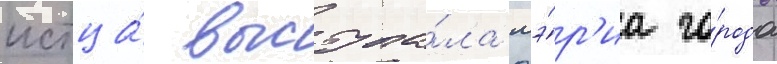
истца́ выступа́ла мэ́р'иа го́рода